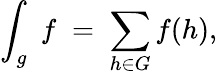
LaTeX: \int_{g}\; f\; =\; \sum_{h\in G}f(h),